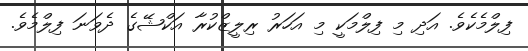
ފިލްމެކެވެ. އަދި މި ފިލްމަކީ މި އަހަރު ރިލީޒްކުރާ އަކްޝޭގެ ދެވަނަ ފިލްމެވެ.